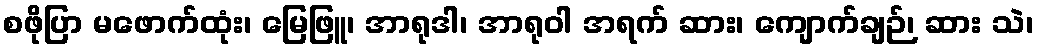
စဖိုပြာ မဖောက်ထုံး၊ မြေဖြူ၊ အာရုဒါ၊ အာရုဝါ အရက် ဆား၊ ကျောက်ချဉ်၊ ဆား သဲ၊